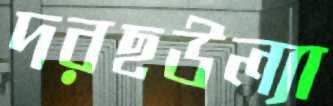
দরছউল্যা